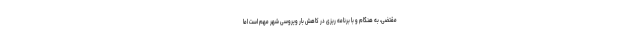
مقتضی، به هنگام و با برنامه ریزی در کاهش بار ویروسی شهر مهم است اما